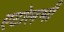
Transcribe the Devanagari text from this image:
एटोलभी